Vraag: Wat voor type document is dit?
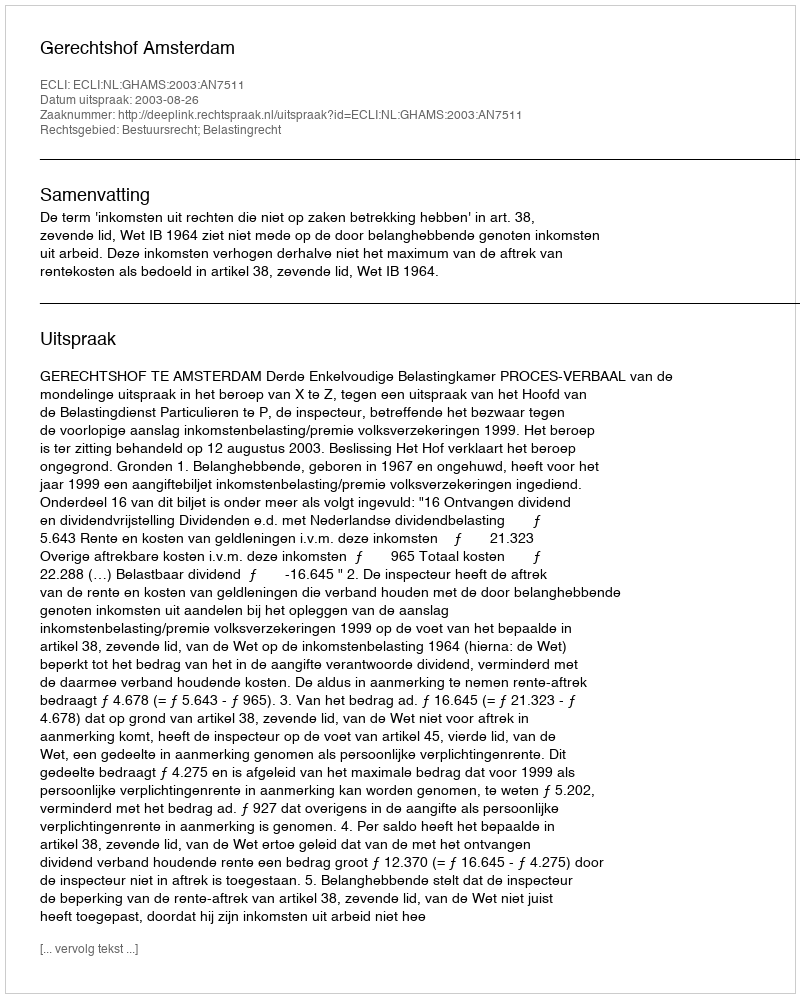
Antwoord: Uitspraak